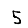
Digit: 5